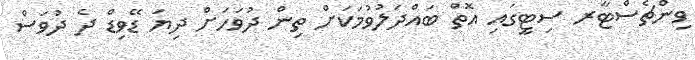
ވިންޗެސްޓާރ ސިޓީގައި އޮތް ބައްދަލުވުމަކަށް ތިން ދުވަހަށް ދިޔަ ޑޭވިޑް ދެ ދުވަސް